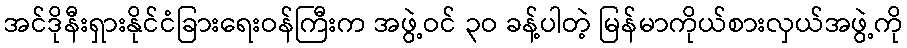
အင်ဒိုနီးရှားနိုင်ငံခြားရေးဝန်ကြီးက အဖွဲ့ဝင် ၃ဝ ခန့်ပါတဲ့ မြန်မာကိုယ်စားလှယ်အဖွဲ့ကို